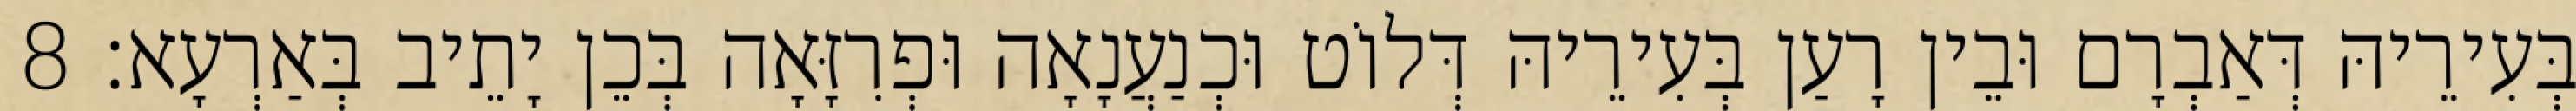
בְּעִירֵיהּ דְּאַבְרָם וּבֵין רָעַן בְּעִירֵיהּ דְּלוֹט וּכְנַעֲנָאָה וּפְרִזָּאָה בְּכֵן יָתֵיב בְּאַרְעָא׃ 8